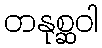
တနုစ္ဆဝါ